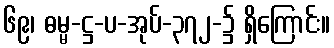
၆၉၊ ဓမ္မ-ဋ္ဌ-ပ-အုပ်-၃၇၂-၌ ရှိကြောင်း။